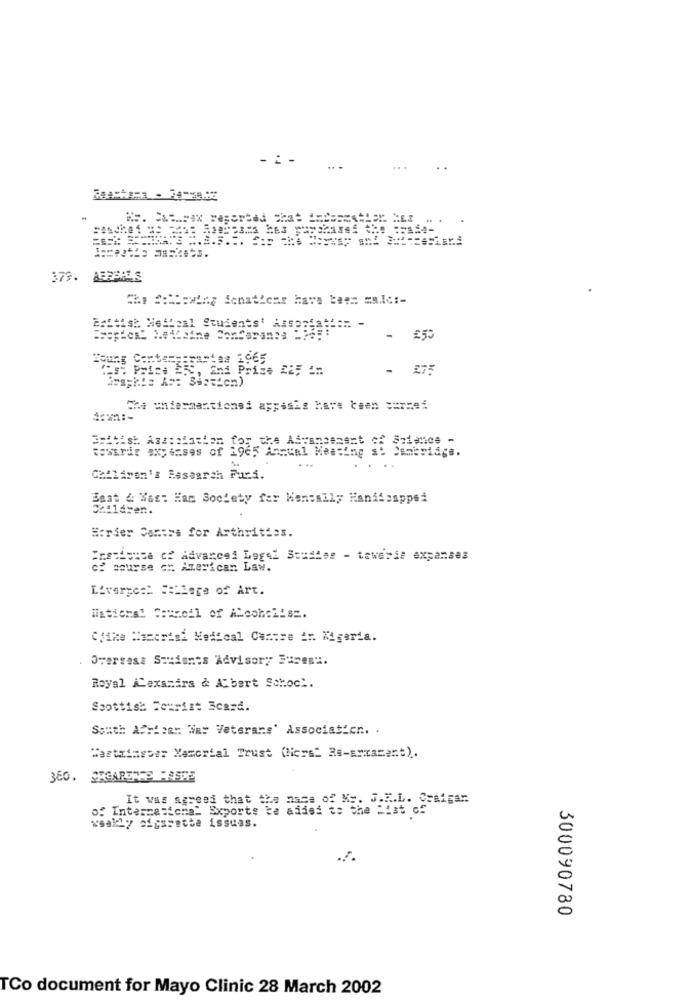
- .-
373. ABRPRES
Echtist Nielisal Students' Alsoof
-
£53
""s" Price EgC, and Price 225 1=
- 275
Chi uniesmentioned appssis have been == rzeć
Restric expenses of 1965 Annual Meeting at Cambridge.
Children's Research Fund.
Best & Was: Ham Society fer Mentally Hanifsapped
Horser Contre for Arthritiss.
Crescita of Advanced Legal Studies - toweris expanses
of course
Azerican Law.
Liverge:" #cilere of Art.
Clike lasestad Medical Camere ir. Kigaria.
. Oversesa Sesionts Advisory Suresi.
Royal ALexszirs & Albert Schock.
Scottish Tourist Scard.
South African Wie: Veterans' Association. .
"astringser Manorial Trust (Nors" Re-arxagent).
of International Sxports be added is She"E"
It was agreed that the name of My. J.R.L. Sesigan
weakly cigarette issues.
300090780
TCo document for Mayo Clinic 28 March 2002